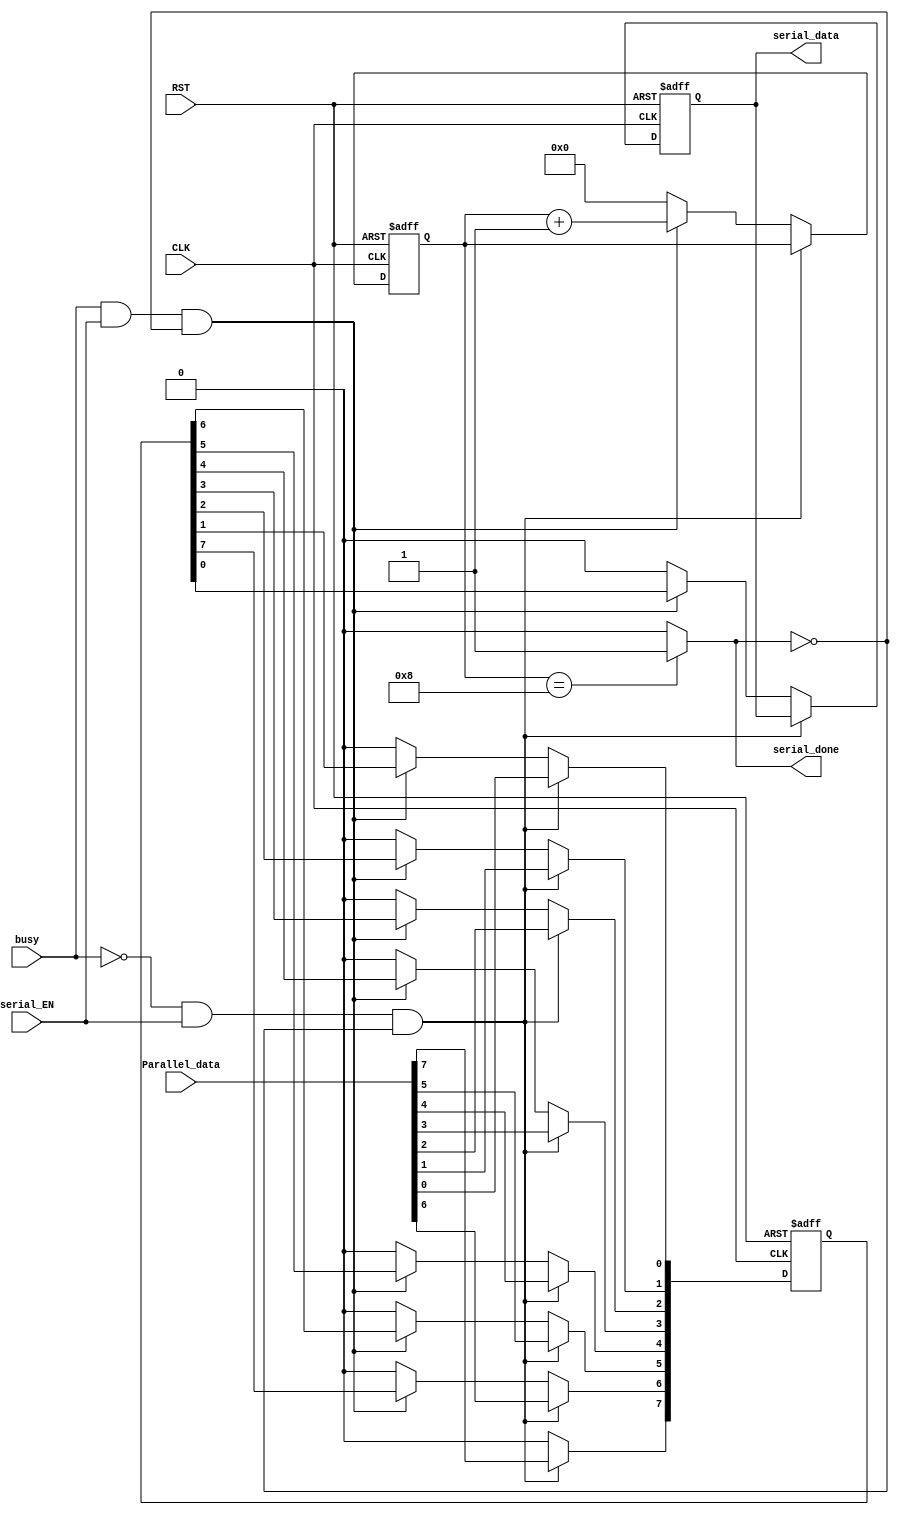
module UART_serializer (
  input  wire       RST,CLK,serial_EN,busy,
  input  wire [7:0] Parallel_data,
  output reg        serial_data, serial_done
  );
  
  reg [7:0] serial_data_reg;
  reg [3:0] counter;
  
  always @ (posedge CLK or negedge RST)
  begin
    if (!RST)
      begin
      serial_data_reg <= 8'b0;
      serial_data <= 1'b0;
      counter = 4'b0;
      end
      
    else if (!busy && serial_EN && !serial_done)
      begin
      serial_data_reg <= Parallel_data;
      end
      
    else if (busy && serial_EN && !serial_done)
      begin
      serial_data <= serial_data_reg[0] ;
      serial_data_reg[0] <= serial_data_reg[1] ;
      serial_data_reg[1] <= serial_data_reg[2] ;
      serial_data_reg[2] <= serial_data_reg[3] ;
      serial_data_reg[3] <= serial_data_reg[4] ;
      serial_data_reg[4] <= serial_data_reg[5] ;
      serial_data_reg[5] <= serial_data_reg[6] ;
      serial_data_reg[6] <= serial_data_reg[7] ;
      serial_data_reg[7] <= 1'b0;
      counter <= counter + 1;
      end
      
    else //serial_EN=0
    begin
      serial_data_reg <= 8'b0;
      serial_data <= 1'b0 ;
      counter <= 4'b0;
    end
  end   
  
  always @(*)
  begin
    if (counter == 4'b1000)
       serial_done = 1'b1;
      else
       serial_done = 1'b0;
  end
  
endmodule